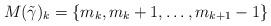
LaTeX: \begin{align*}M(\tilde \gamma)_k = \{m_k,m_k+1,\dots, m_{k+1}-1\}\end{align*}